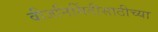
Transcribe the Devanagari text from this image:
वीजनिर्मितीसाठीच्या